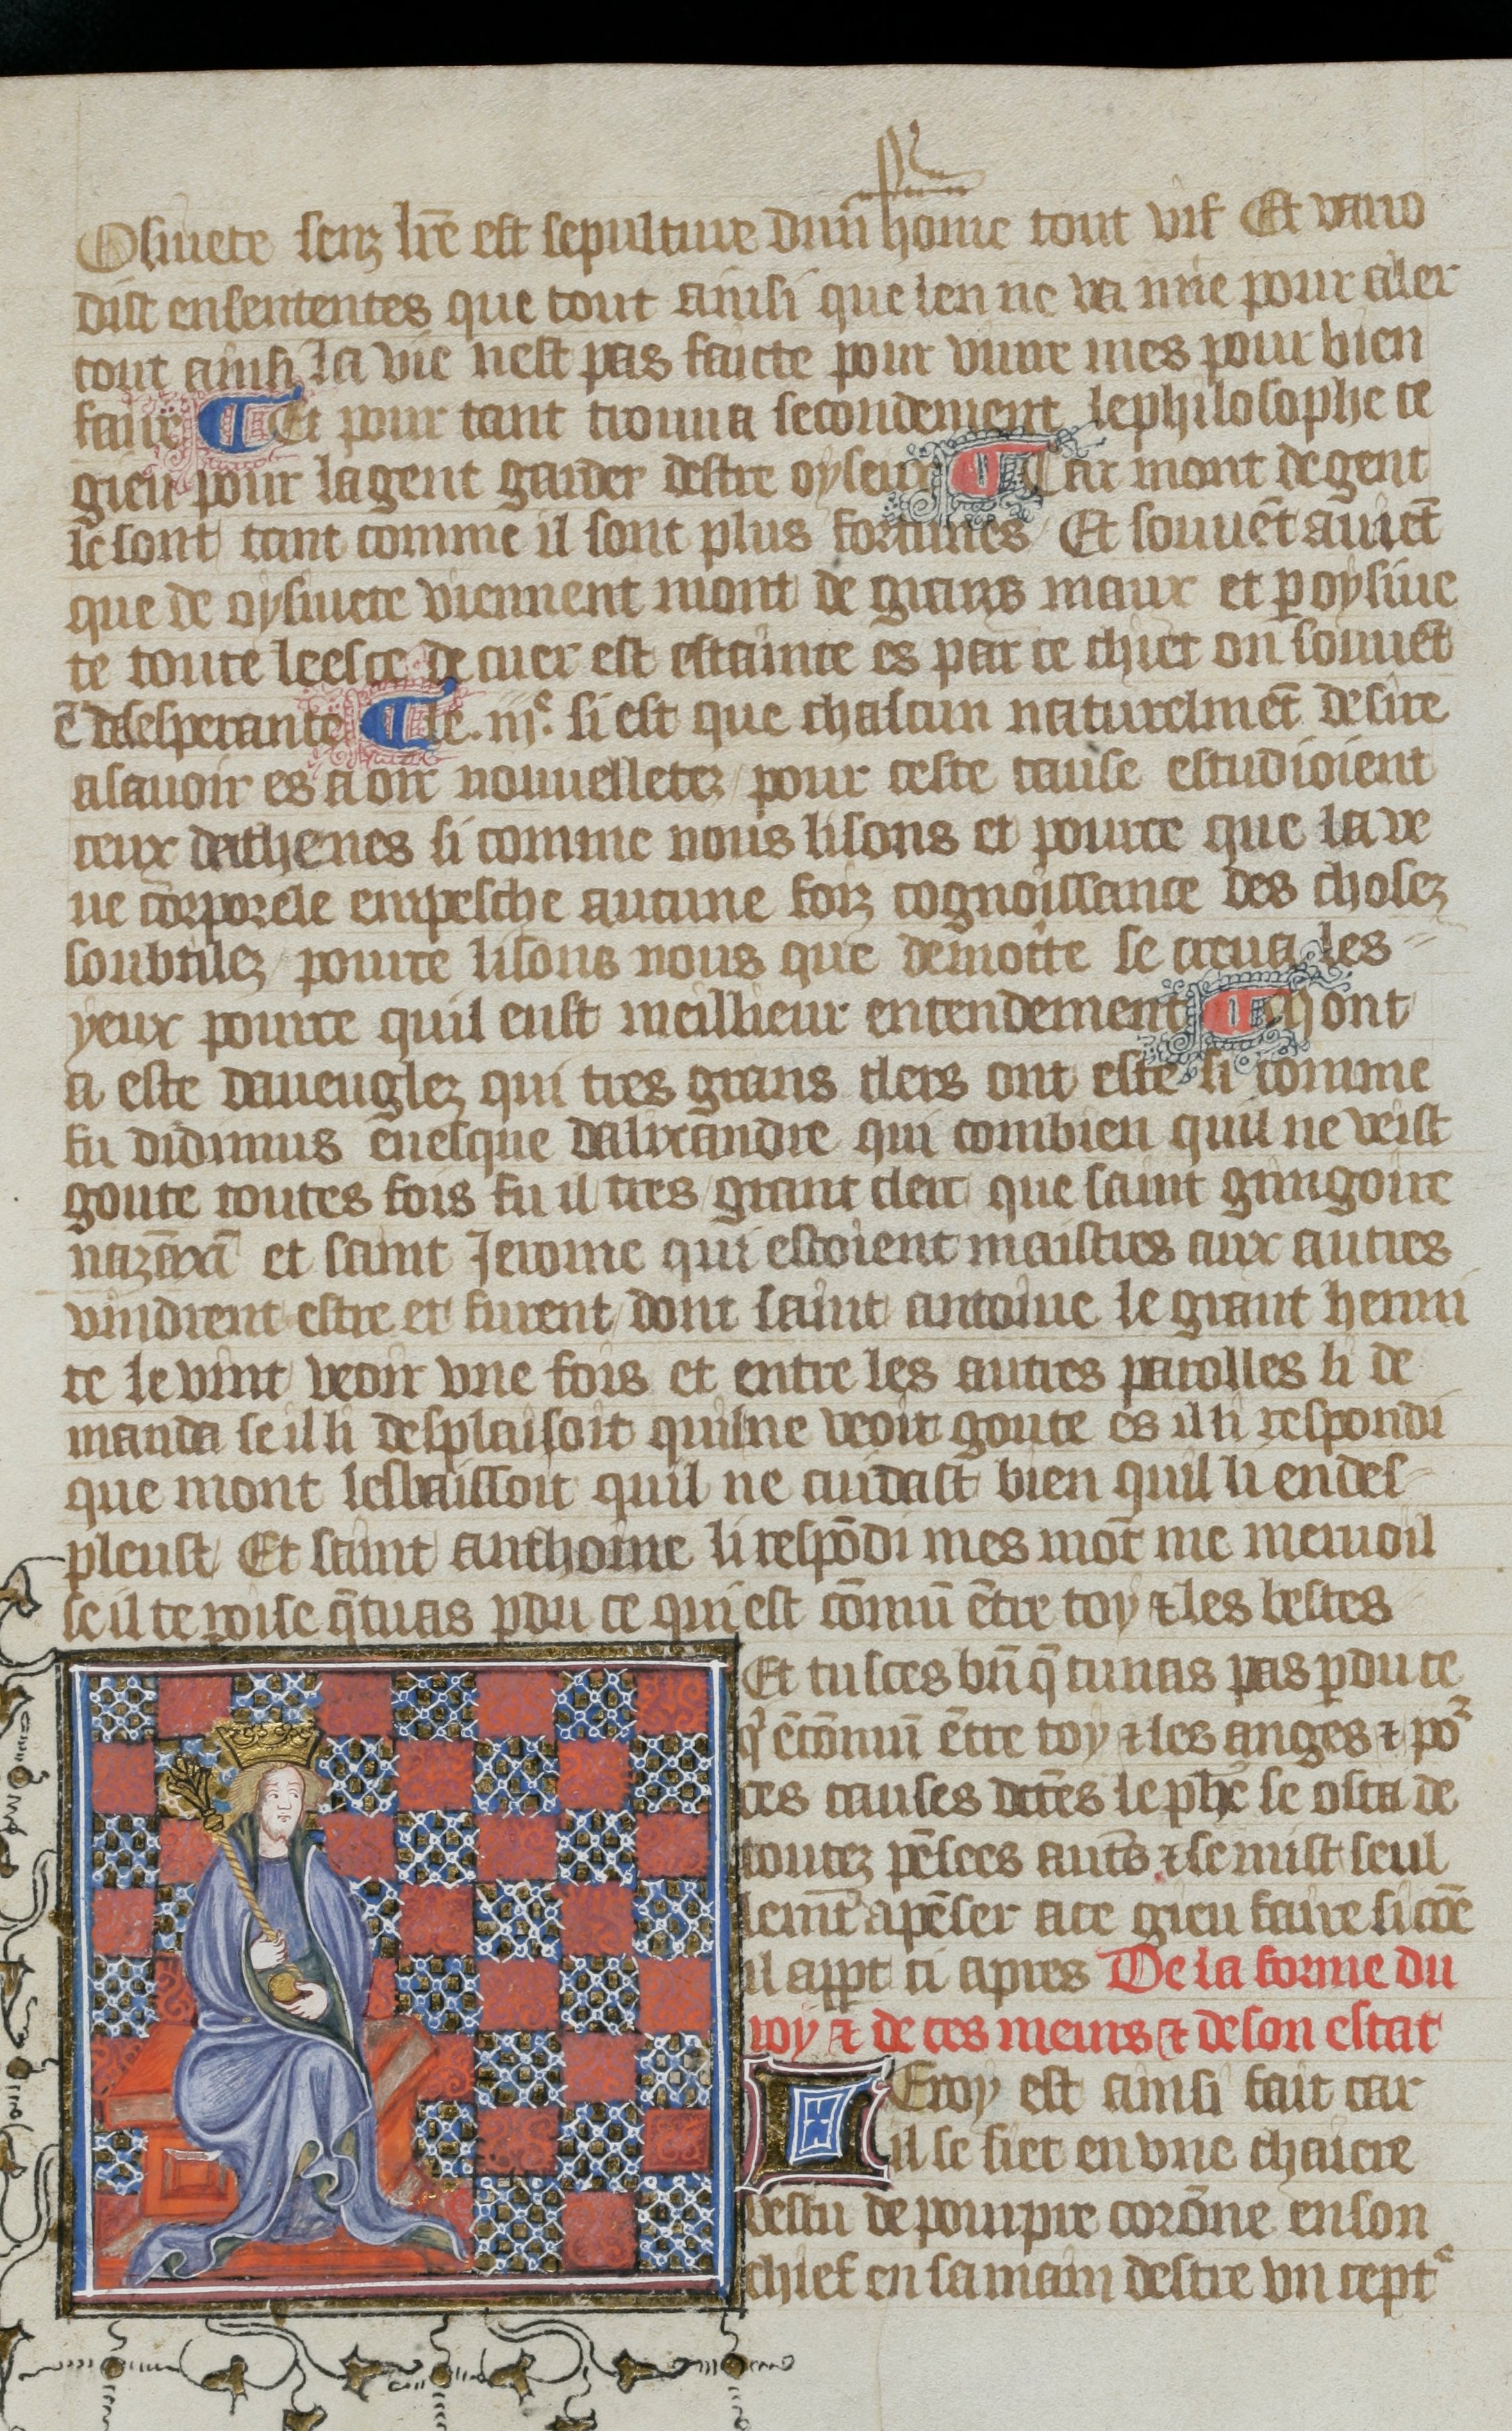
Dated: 1380–1399